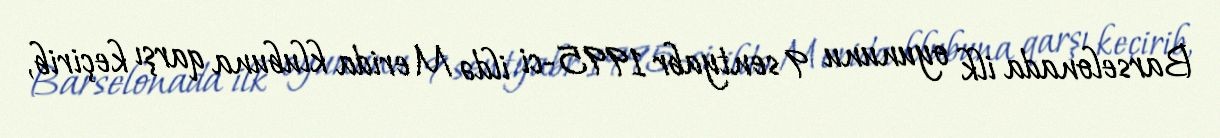
Barselonada ilk oyununu 9 sentyabr 1995-ci ildə Merida klubuna qarşı keçirib,